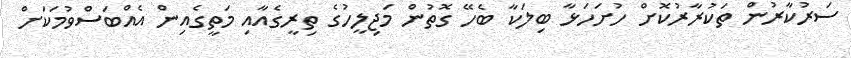
ސަރުކާރުން ތަކުރާރުކޮށް ހުށަހަޅާ ބިލަކާ ބެހޭ ގޮތުން މަޖިލީހުގެ ތިރީގެއާއި މަތީގެއިން އެއްބަސްވުމަކަށް